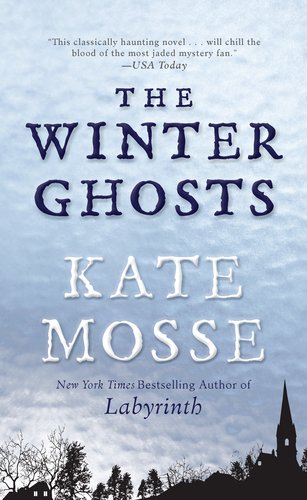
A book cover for The Winter Ghosts; Kate Mosse; Literature & Fiction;